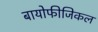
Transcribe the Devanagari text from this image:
बायोफीजिकल